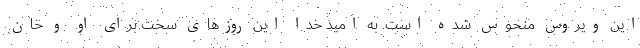
این ویروس منحوس شده است. به امید خدا این روزهای سخت برای او و خان